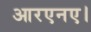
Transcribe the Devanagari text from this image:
आरएनए।